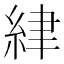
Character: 䋖